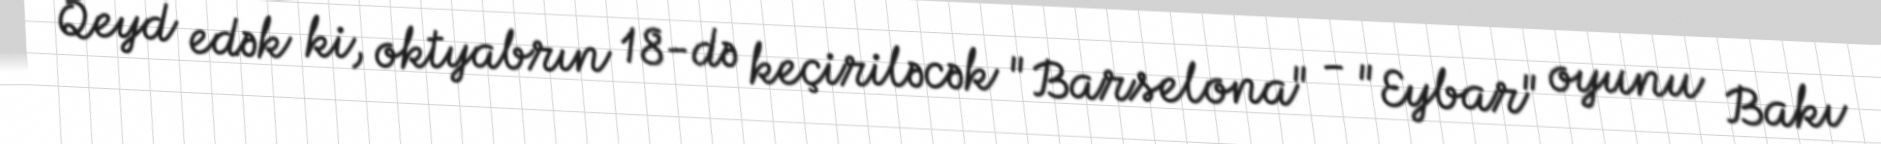
Qeyd edək ki, oktyabrın 18-də keçiriləcək "Barselona" - "Eybar" oyunu Bakı